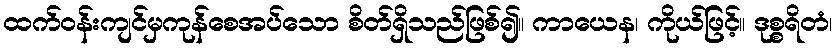
ထက်ဝန်းကျင်မှကုန်စေအပ်သော စိတ်ရှိသည်ဖြစ်၍။ ကာယေန၊ ကိုယ်ဖြင့်။ ဒုစ္စရိတံ၊